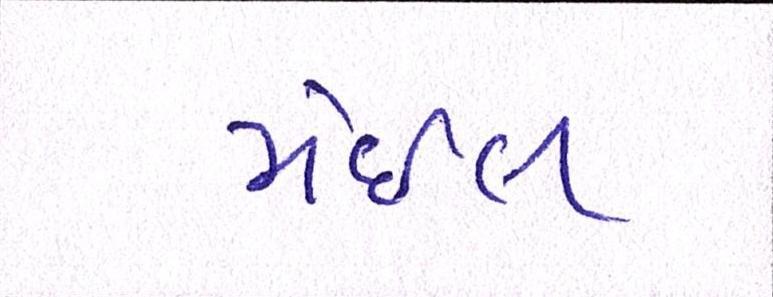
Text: મેઈલ